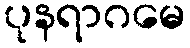
ပုနရာဂမေ